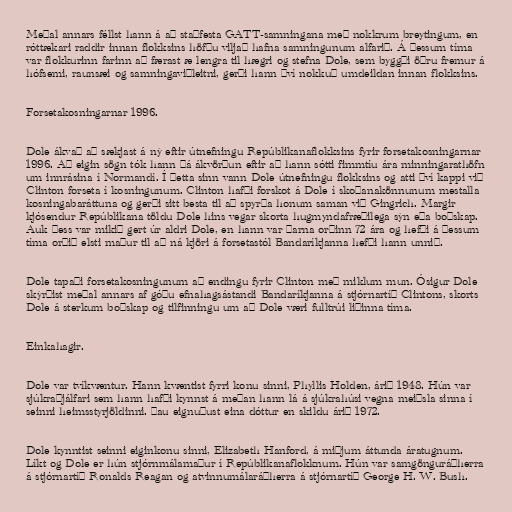
Meðal annars féllst hann á að staðfesta GATT-samningana með nokkrum breytingum, en
róttækari raddir innan flokksins höfðu viljað hafna samningunum alfarið. Á þessum tíma
var flokkurinn farinn að færast æ lengra til hægri og stefna Dole, sem byggði öðru fremur á
hófsemi, raunsæi og samningaviðleitni, gerði hann því nokkuð umdeildan innan flokksins.

Forsetakosningarnar 1996.

Dole ákvað að sækjast á ný eftir útnefningu Repúblikanaflokksins fyrir forsetakosningarnar
1996. Að eigin sögn tók hann þá ákvörðun eftir að hann sótti fimmtíu ára minningarathöfn
um innrásina í Normandí. Í þetta sinn vann Dole útnefningu flokksins og atti því kappi við
Clinton forseta í kosningunum. Clinton hafði forskot á Dole í skoðanakönnunum mestalla
kosningabaráttuna og gerði sitt besta til að spyrða honum saman við Gingrich. Margir
kjósendur Repúblikana töldu Dole hins vegar skorta hugmyndafræðilega sýn eða boðskap.
Auk þess var mikið gert úr aldri Dole, en hann var þarna orðinn 72 ára og hefði á þessum
tíma orðið elsti maður til að ná kjöri á forsetastól Bandaríkjanna hefði hann unnið.

Dole tapaði forsetakosningunum að endingu fyrir Clinton með miklum mun. Ósigur Dole
skýrðist meðal annars af góðu efnahagsástandi Bandaríkjanna á stjórnartíð Clintons, skorts
Dole á sterkum boðskap og tilfinningu um að Dole væri fulltrúi liðinna tíma.

Einkahagir.

Dole var tvíkvæntur. Hann kvæntist fyrri konu sinni, Phyllis Holden, árið 1948. Hún var
sjúkraþjálfari sem hann hafði kynnst á meðan hann lá á sjúkrahúsi vegna meiðsla sinna í
seinni heimsstyrjöldinni. Þau eignuðust eina dóttur en skildu árið 1972.

Dole kynntist seinni eiginkonu sinni, Elizabeth Hanford, á miðjum áttunda áratugnum.
Líkt og Dole er hún stjórnmálamaður í Repúblikanaflokknum. Hún var samgönguráðherra
á stjórnartíð Ronalds Reagan og atvinnumálaráðherra á stjórnartíð George H. W. Bush.